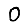
Digit: 0